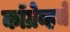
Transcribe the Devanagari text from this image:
कॉग्रेव्हचे